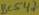
Text: BC547